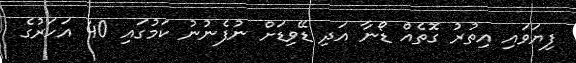
ފިޔަވައި އިތުރު ގޮތެއް ޑޯނާ އަދި ޑޭވިޑަށް ނުފެނުނު ކަމުގައި 40 އަހަރުގެ